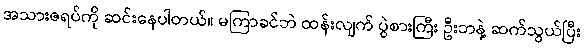
အသားဇရပ်ကို ဆင်းနေပါတယ်။ မကြာခင်ဘဲ ထန်းလျက် ပွဲစားကြီး ဦးဘနဲ့ ဆက်သွယ်ပြီး